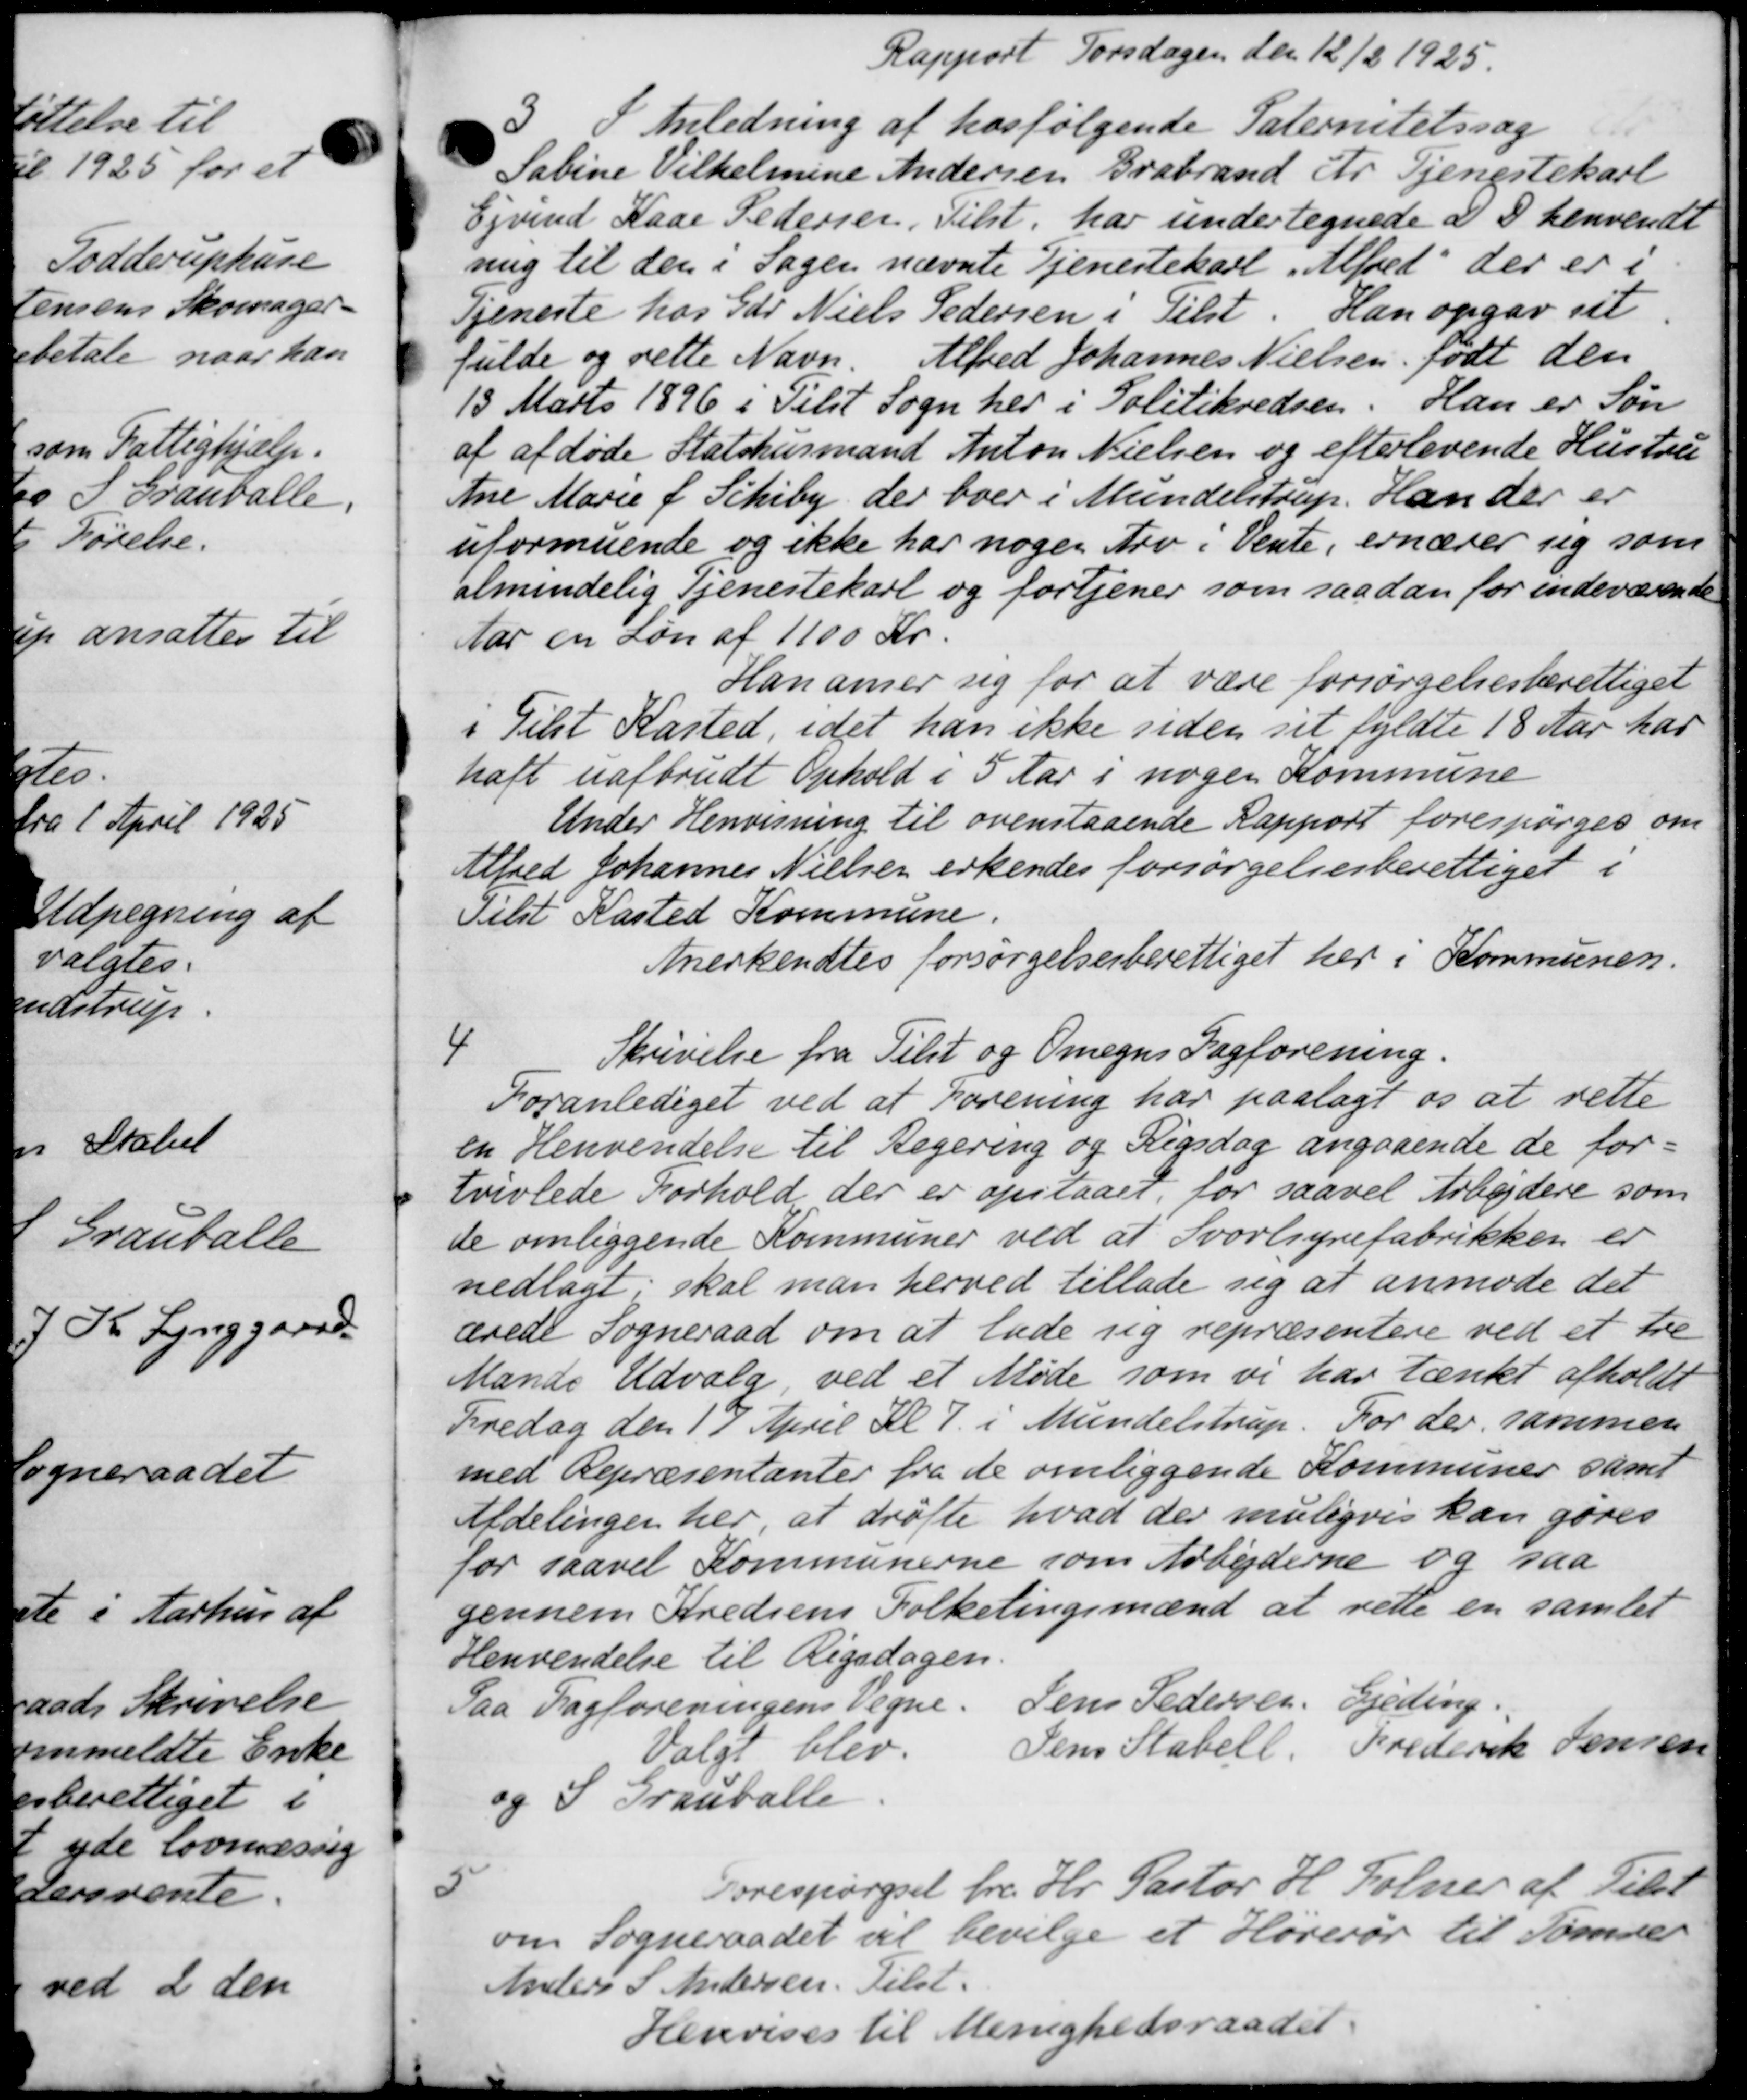
Transskription:
Rapport Torsdagen den 12/2 1925.
3
I Anledning af hosfølgende Paternitetssag
Sabine Vilhelmine Andersen, Brabrand Fr Tjenestekarl
Ejvind Kaar Pedersen, Tilst. har undertegnede d I henvendt
nig til den i Sagen nævnte Tjenestekarl Alfred der er i
Tjeneste hos Gdr. Niels Pedersen i Tilst. Han opgav sit
fulde og rette Navn. Alfred Johannes Nielsen, født den
13. Marts 1896 i Tilst Sogn her i Politikredsen. Han er Søn
af afdøde Statshusmand Anton Nielsen og efterlevende Hustru
Ane Marie f. Schiby, der boer i Mundelstrup. Han der er
uformuende og ikke har nogen Arv i Vente, ernærer sig som
almindelig Tjenestekarl og fortjener som saadan for indeværende
far en Løn af 1100 Kr.
Han amer sig for at være forsørgelsesberettiget
i Tilst Kasted, idet han ikke siden sit fyldte 18 Aar har
haft uafbrudt Ophold i 5 Aar i nogen Kommune
Under Henvisning til ovenstaaende Rapport forespørges om
Alfred Johannes Nielsen erkendes forsørgelsesberettiget i
Tilst Kasted Kommune.
Anerkendtes forsørgelsesberettiget her i Kommunen.
Skrivelse fra Tilst og Omegns Fagforening.
4
Foranlediget ved at Forening har paalagt os at rette
en Henvendelse til Regering og Rigsdag angaaende de for-
tvivlede Forhold der er opstaaet, for saavel Arbejdere som
de omliggende Kommuner ved at Svorlsynefabrikken er
nedlagt, skal man herved tillade sig at anmode det
ærede Sogneraad om at lade sig repræsentere ved et tre
Mands Udvalg, ved et Møde som vi har tænkt afholdt
Fredag den 17 April Kl 7 i Mundelstrup. For der sammen
med Repræsentanter fra de omliggende Kommuner samt
Afdelingen her at drøfte hvad der muligvis kan gøres
for saavel Kommunerne som Arbejderne og saa
gennem Kredsens Folketingsmænd at rette en samlet
Henvendelse til Rigsdagen
Paa Fagforeningens Vegne.
Jens Pedersen, Gjeding.
Valgt blev
Jens Stabell, Frederik Jensen
og S. Grauballe
5
Forespørgsel fra Hr. Pastor H. Folmer af Peter
om Sogneraadet vil bevilge et Høverør til Tømme
Anders S Andersen. Tilst.
Henvises til Menighedsraadet.